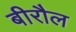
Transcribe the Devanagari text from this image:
बीरौल